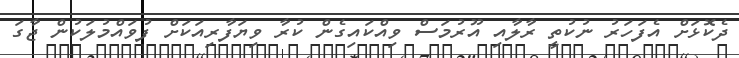
ދެކޮޅަށް އެފަހަރު ނުކުތީ ރާލާއި އޫރުމަސް ވިއްކައިގެން ކުރާ ވިޔަފާރިއަކަށް ފުވައްމުލަކުން ޖާގަ